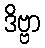
ဒိဗ္ဗာ